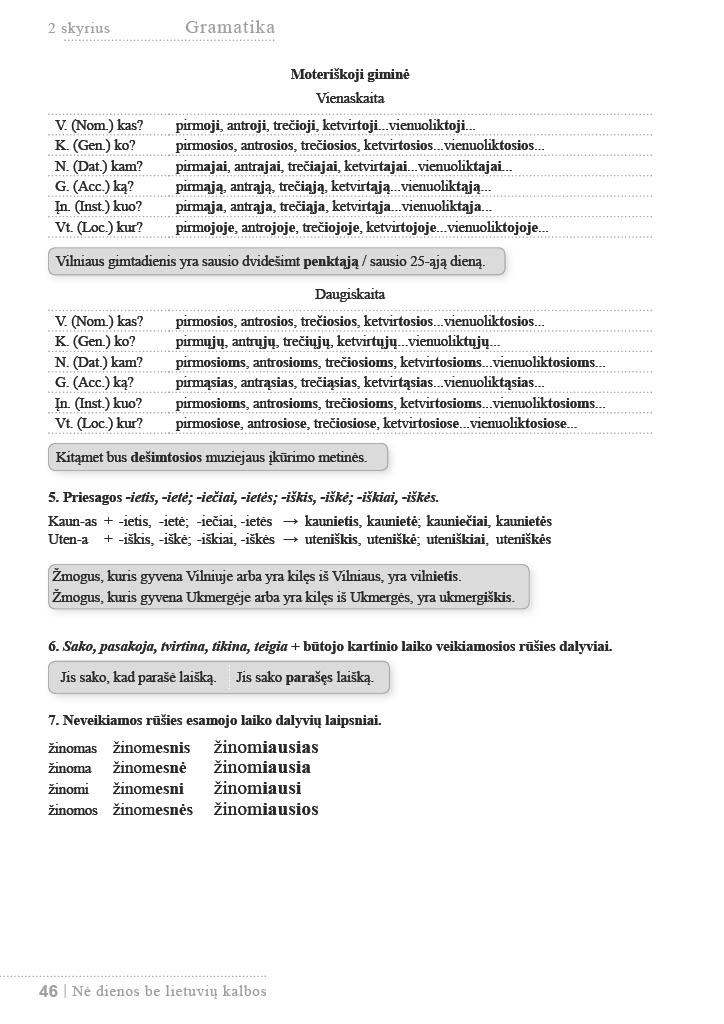
Language: lt